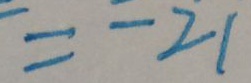
= - 2 1